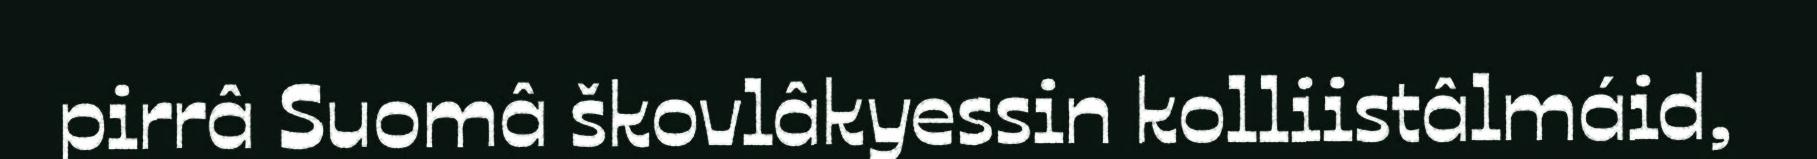
pirrâ Suomâ škovlâkyessin kolliistâlmáid,